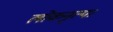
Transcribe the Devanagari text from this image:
लोकनृत्य।